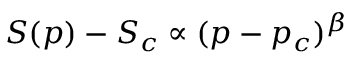
S ( p ) - S _ { c } \propto ( p - p _ { c } ) ^ { \beta }